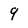
Character: 9